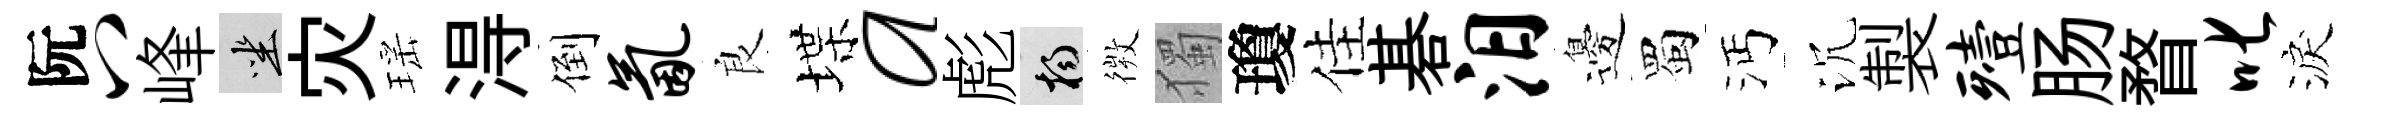
阮八峰坐灾瑶淂倒氤良堞a彪楊𢕄獨瓊佳碁汨邊蜀沔沉製殪肠瞀叱淚